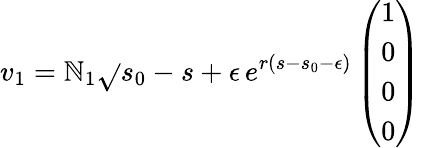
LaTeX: v_{1}=\mathbb{N}_{1}\sqrt{}{{s_{0}-s+\epsilon}}\, e^{r(s-s_{0}-\epsilon)}\left(\begin{array}{c}{{1}}\\ {{0}}\\ {{0}}\\ {{0}}\end{array}\right)